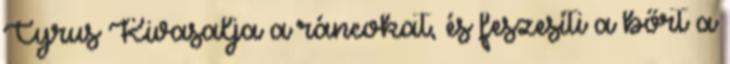
Cyrus Kivasalja a ráncokat, és feszesíti a bőrt a